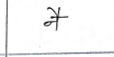
मजकूर: नै